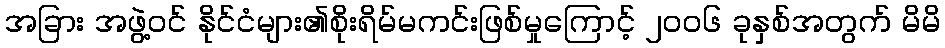
အခြား အဖွဲ့ဝင် နိုင်ငံများ၏စိုးရိမ်မကင်းဖြစ်မှုကြောင့် ၂၀၀၆ ခုနှစ်အတွက် မိမိ